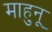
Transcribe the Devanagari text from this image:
माहुनू